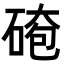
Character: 𪿤